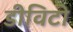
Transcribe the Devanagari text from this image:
डीविटो